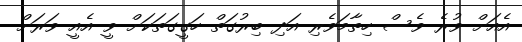
އެއަށް ވުރެ ވެސް ހިތާމަވެރި އަދި ބިރުގަތް ހަގީގަތަކަށް ވީ އެއީ ވަރަށް